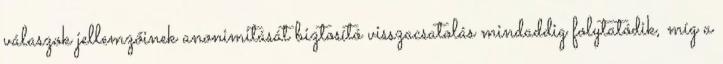
válaszok jellemzőinek anonimitását biztosító visszacsatolás mindaddig folytatódik, míg a